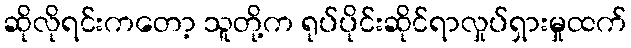
ဆိုလိုရင်းကတော့ သူတို့က ရုပ်ပိုင်းဆိုင်ရာလှုပ်ရှားမှုထက်